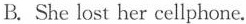
B. She lost her cellphone.